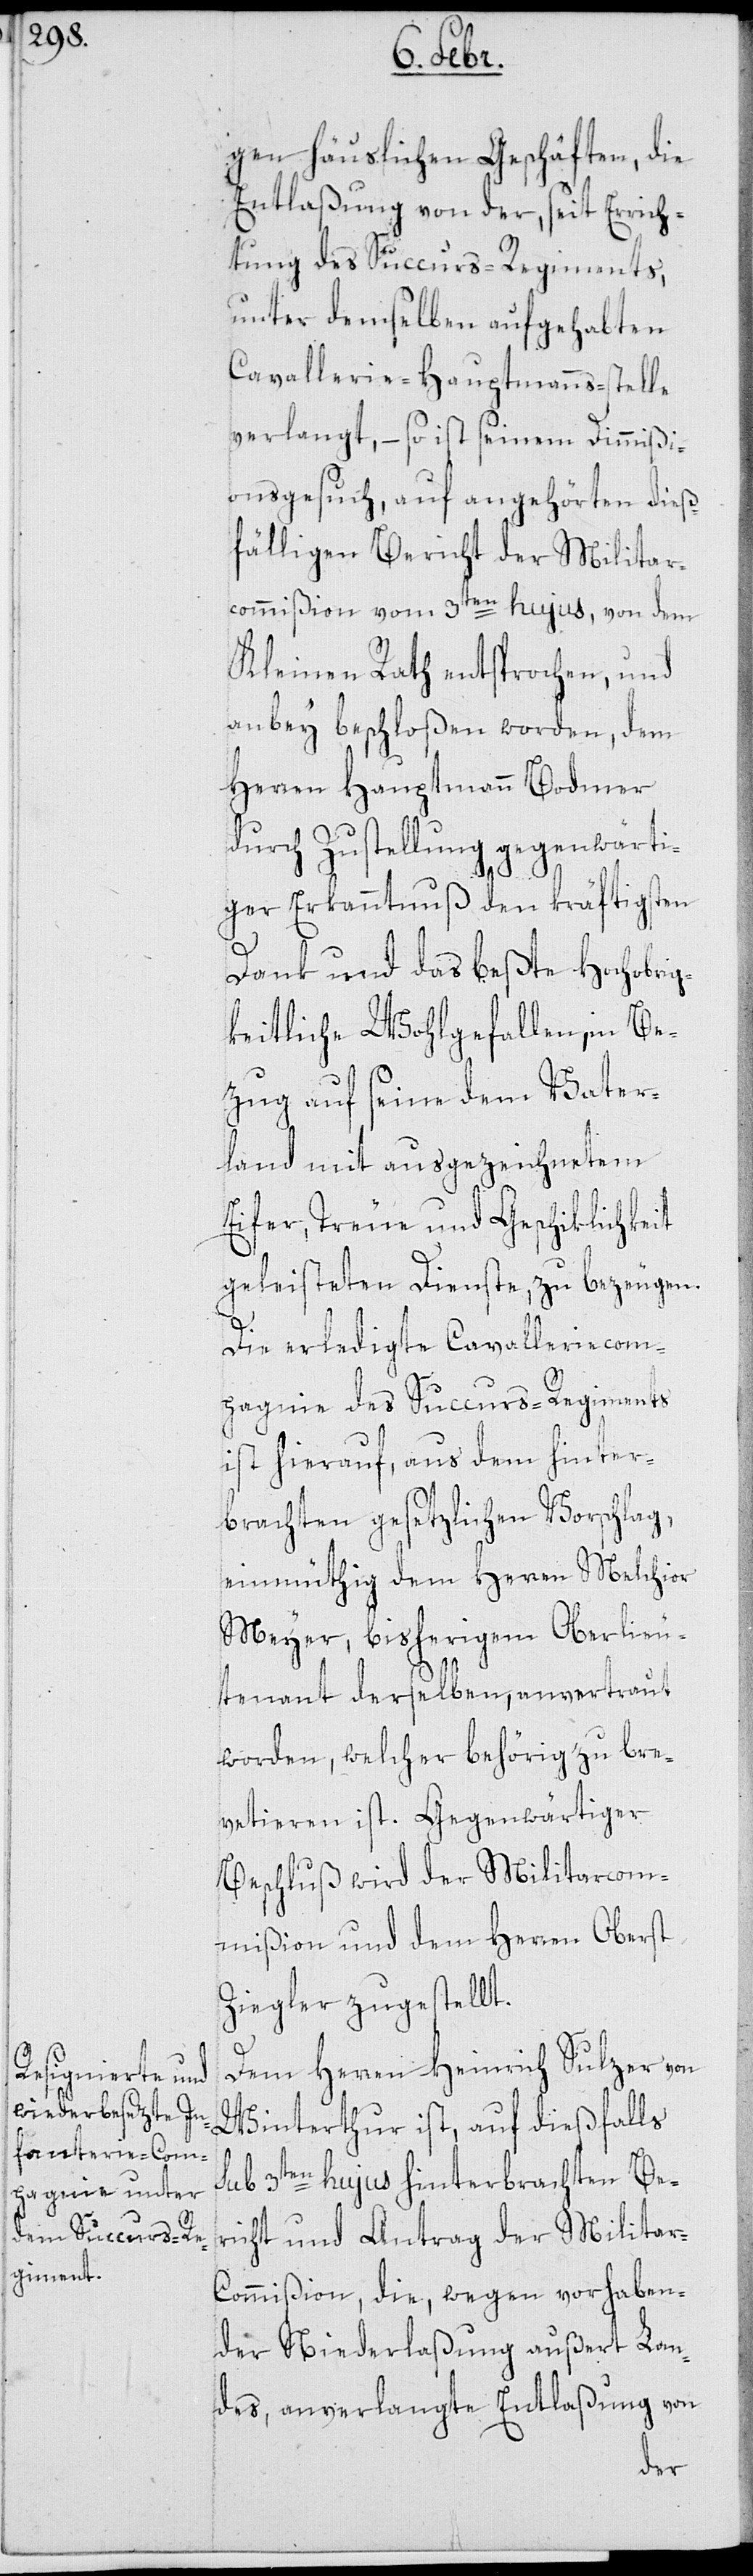
gen häuslichen Geschäften, die
Entlaßung von der, seit Errich¬
tung des Succurs-Regiments,
unter demselben aufgehabten
Cavallerie-Hauptmanns-Stelle
verlangt, – so ist seinem Dimißi¬
onsgesuch, auf angehörten dieß¬
fälligen Bericht der Militar¬
commißion vom 3ten hujus, von dem
Kleinen Rath entsprochen, und
anbey beschloßen worden, dem
Herren Hauptmann Bodmer
durch Zustellung gegenwärti¬
ger Erkanntnuß den kräftigsten
Dank und das beßte Hochobrig¬
keitliche Wohlgefallen, in Be¬
zug auf seine dem Vater¬
land mit ausgezeichnetem
Eifer, Treue und Geschiklichkeit
geleisteten Dienste, zu bezeugen.
Die erledigte Cavalleriecom¬
pagnie des Succurs-Regiments
ist hierauf, aus dem hinter¬
brachten gesetzlichen Vorschlag,
einmüthig dem Herren Melchior
Meyer, bisherigem Oberlieu¬
tenant derselben, anvertraut
worden, welcher behörig zu bre¬
vetieren ist. Gegenwärtiger
Beschluß wird der Militarcom¬
mißion und dem Herren Oberst
Ziegler zugestellt.
Dem Herren Heinrich Sulzer von
Winterthur ist, auf dießfalls
sub 3tenhujus hinterbrachten Be¬
richt und Antrag der Milita¬
r-Commißion, die, wegen vorhaben¬
der Niederlaßung außert Lan¬
des, anverlangte Entlaßung von